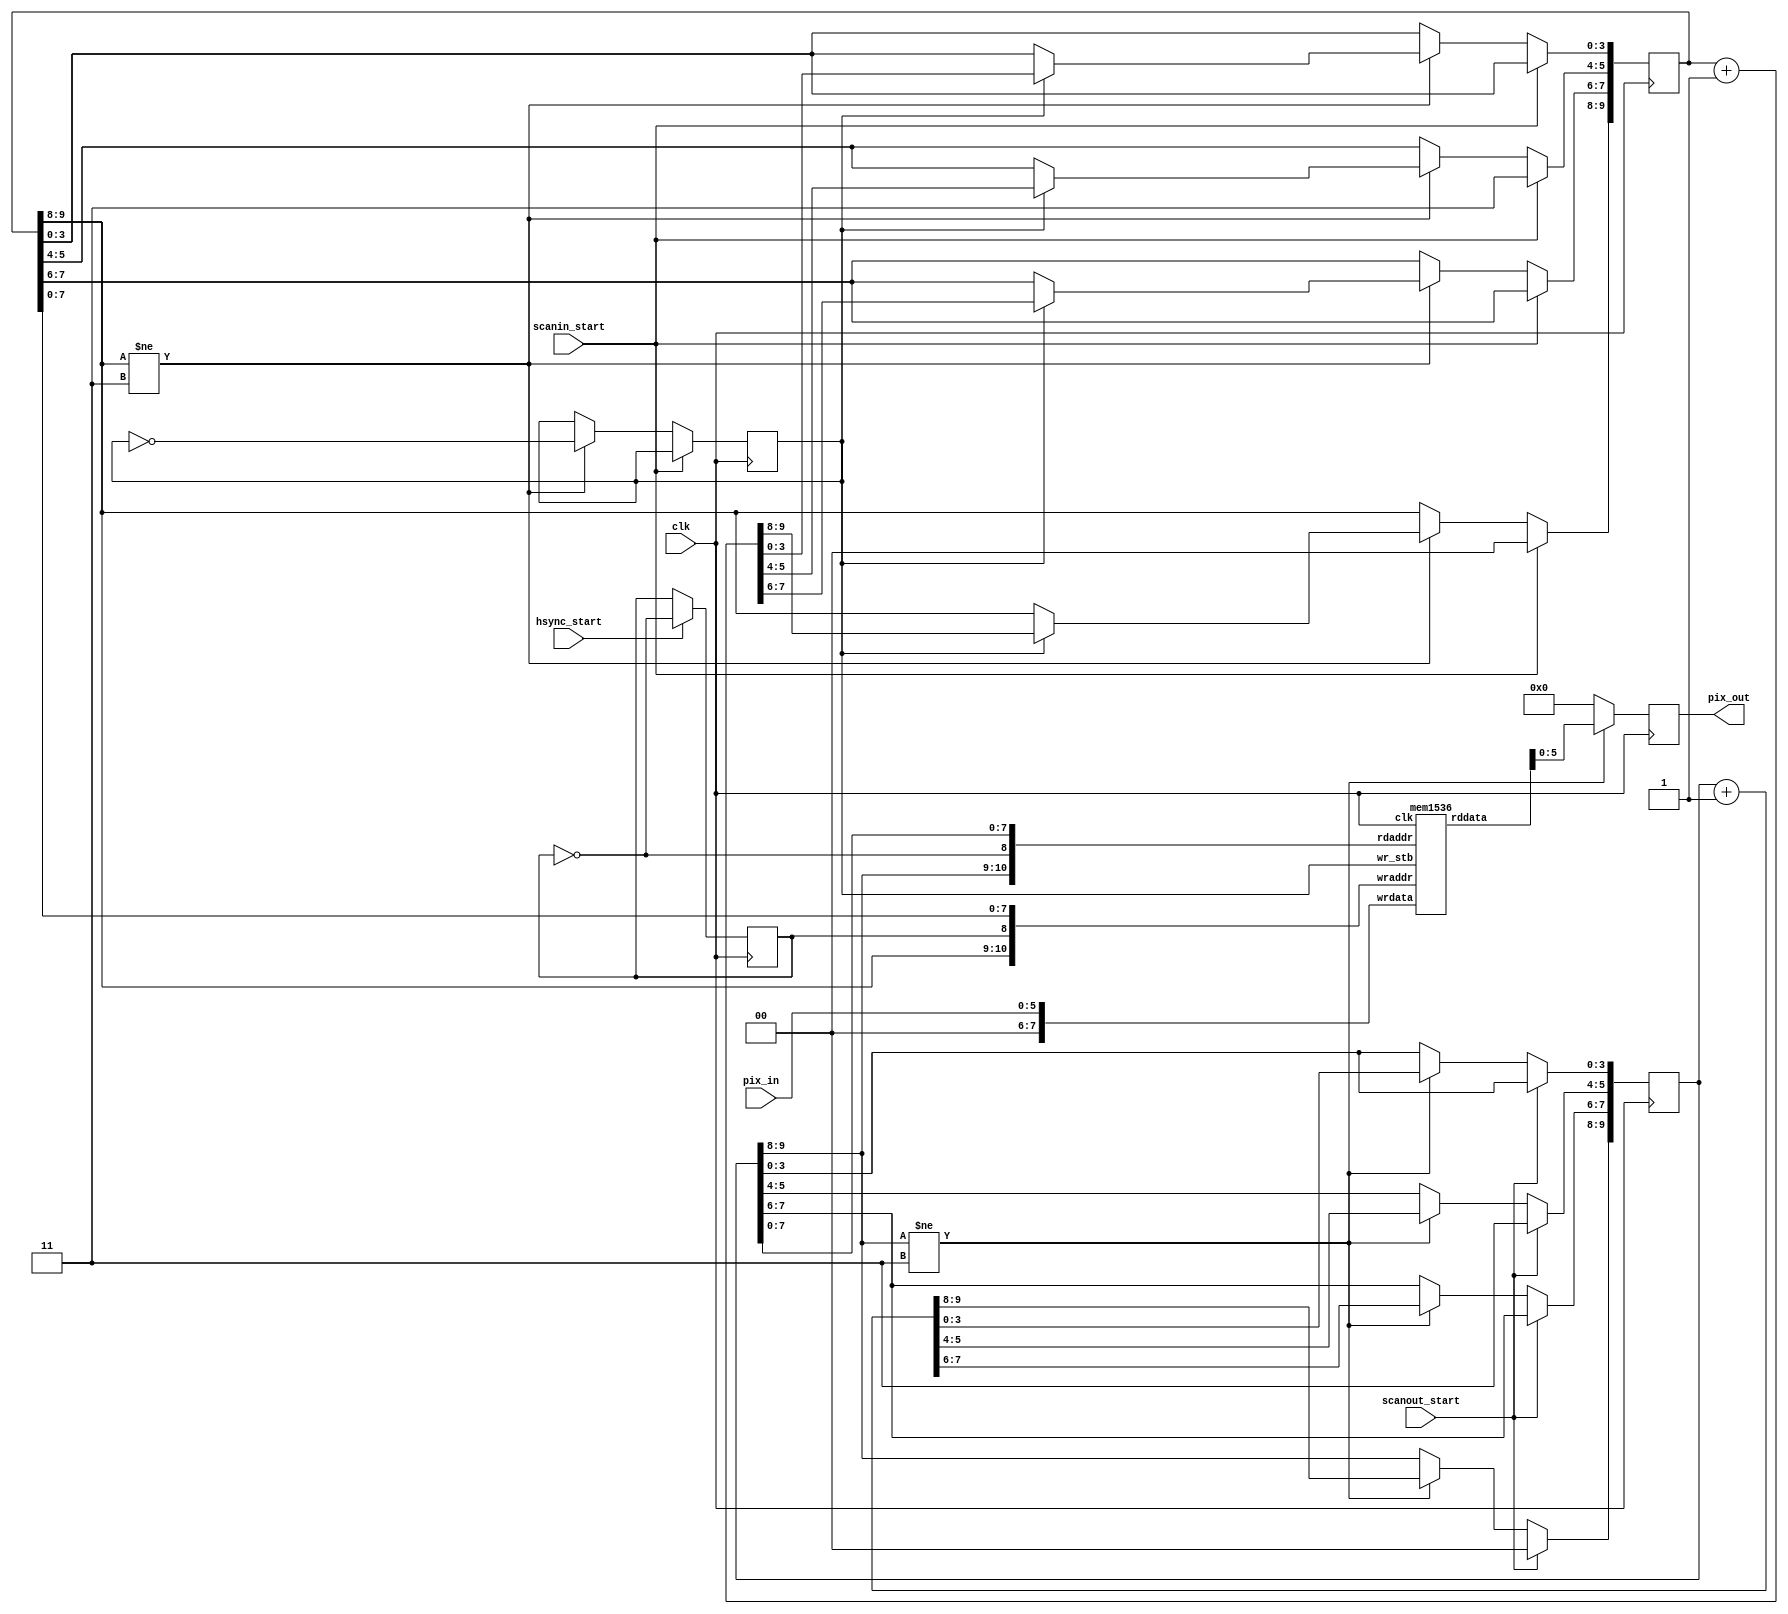
// (c) NedoPC 2010
//
// doubles video line by replicating it in 3x512b RAM buffer

module vga_double(

	input  wire        clk,

	input  wire        hsync_start,

	input  wire        scanin_start,
	input  wire [ 5:0] pix_in,

	input  wire        scanout_start,
	output reg  [ 5:0] pix_out
);

/*
addressing of non-overlapping pages:

pg0 pg1
0xx 1xx
2xx 3xx
4xx 5xx
*/

	reg [9:0] ptr_in;  // count up to 720
	reg [9:0] ptr_out; //

	reg pages; // swapping of pages

	reg wr_stb;

	wire [ 7:0] data_out;


	always @(posedge clk) if( hsync_start )
		pages <= ~pages;


	// write ptr and strobe
	always @(posedge clk)
	begin
		if( scanin_start )
		begin
			ptr_in[9:8] <= 2'b00;
			ptr_in[5:4] <= 2'b11;
		end
		else
		begin
			if( ptr_in[9:8]!=2'b11 ) //  768-720=48
			begin
				wr_stb <= ~wr_stb;
				if( wr_stb )
				begin
					ptr_in <= ptr_in + 10'd1;
				end
			end
		end
	end


	// read ptr
	always @(posedge clk)
	begin
		if( scanout_start )
		begin
			ptr_out[9:8] <= 2'b00;
			ptr_out[5:4] <= 2'b11;
		end
		else
		begin
			if( ptr_out[9:8]!=2'b11 )
			begin
				ptr_out <= ptr_out + 10'd1;
			end
		end
	end

	//read data
	always @(posedge clk)
	begin
		if( ptr_out[9:8]!=2'b11 )
			pix_out <= data_out[5:0];
		else
			pix_out <= 6'd0;
	end





	mem1536 line_buf( .clk(clk),

	                  .wraddr({ptr_in[9:8], pages, ptr_in[7:0]}),
	                  .wrdata({2'b00,pix_in}),
	                  .wr_stb(wr_stb),

	                  .rdaddr({ptr_out[9:8], (~pages), ptr_out[7:0]}),
	                  .rddata(data_out)
	                );


endmodule




// 3x512b memory
module mem1536(

	input  wire        clk,

	input  wire [10:0] wraddr,
	input  wire [ 7:0] wrdata,
	input  wire        wr_stb,

	input  wire [10:0] rdaddr,
	output reg  [ 7:0] rddata
);

	reg [7:0] mem [0:1535];

	always @(posedge clk)
	begin
		if( wr_stb )
		begin
			mem[wraddr] <= wrdata;
		end

		rddata <= mem[rdaddr];
	end


endmodule